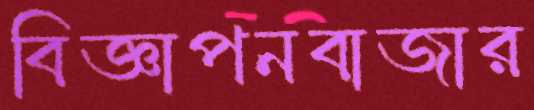
বিজ্ঞাপনবাজার